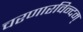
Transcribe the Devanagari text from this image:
चरणारविन्दम्